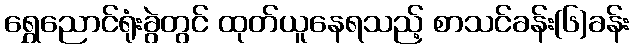
ရွှေညောင်ရုံးခွဲတွင် ထုတ်ယူနေရသည့် စာသင်ခန်း(၆)ခန်း